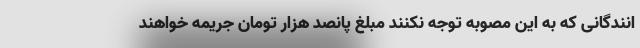
انندگانی که به این مصوبه توجه نکنند مبلغ پانصد هزار تومان جریمه خواهند